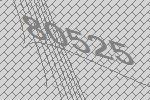
80525